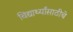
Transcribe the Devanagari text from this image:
विद्यार्थ्यांसाठीचे